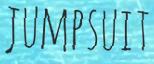
JUMPSUIT